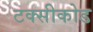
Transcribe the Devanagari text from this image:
टक्सीकोड